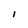
Character: l